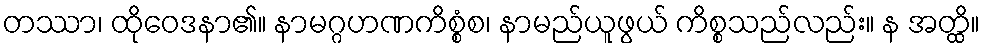
တဿာ၊ ထိုဝေဒနာ၏။ နာမဂ္ဂဟဏကိစ္စံစ၊ နာမည်ယူဖွယ် ကိစ္စသည်လည်း။ န အတ္ထိ။